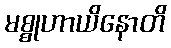
မစ္စုဟာယိနောတိ